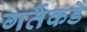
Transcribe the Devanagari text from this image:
गर्तेकडे